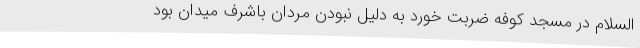
السلام در مسجد کوفه ضربت خورد به دلیل نبودن مردان باشرف میدان بود